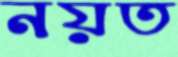
নয়ত